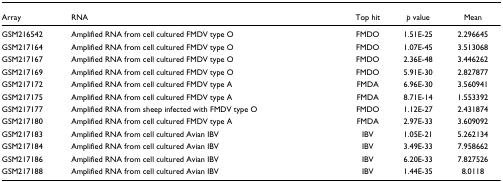
<table><thead><tr><td><b>Array</b></td><td><b>RNA</b></td><td><b>Top hit</b></td><td><b><i>p </i>value</b></td><td><b>Mean</b></td></tr></thead><tbody><tr><td>GSM216542</td><td>Amplified RNA from cell cultured FMDV type O</td><td>FMDO</td><td>1.51E-25</td><td>2.296645</td></tr><tr><td>GSM217164</td><td>Amplified RNA from cell cultured FMDV type O</td><td>FMDO</td><td>1.07E-45</td><td>3.513068</td></tr><tr><td>GSM217167</td><td>Amplified RNA from cell cultured FMDV type O</td><td>FMDO</td><td>2.36E-48</td><td>3.446262</td></tr><tr><td>GSM217169</td><td>Amplified RNA from cell cultured FMDV type O</td><td>FMDO</td><td>5.91E-30</td><td>2.827877</td></tr><tr><td>GSM217172</td><td>Amplified RNA from cell cultured FMDV type A</td><td>FMDA</td><td>6.96E-30</td><td>3.560941</td></tr><tr><td>GSM217175</td><td>Amplified RNA from cell cultured FMDV type A</td><td>FMDA</td><td>8.71E-14</td><td>1.553392</td></tr><tr><td>GSM217177</td><td>Amplified RNA from sheep infected with FMDV type O</td><td>FMDO</td><td>1.12E-27</td><td>2.431874</td></tr><tr><td>GSM217180</td><td>Amplified RNA from cell cultured FMDV type A</td><td>FMDA</td><td>2.97E-33</td><td>3.609092</td></tr><tr><td>GSM217183</td><td>Amplified RNA from cell cultured Avian IBV</td><td>IBV</td><td>1.05E-21</td><td>5.262134</td></tr><tr><td>GSM217184</td><td>Amplified RNA from cell cultured Avian IBV</td><td>IBV</td><td>3.49E-33</td><td>7.958662</td></tr><tr><td>GSM217186</td><td>Amplified RNA from cell cultured Avian IBV</td><td>IBV</td><td>6.20E-33</td><td>7.827526</td></tr><tr><td>GSM217188</td><td>Amplified RNA from cell cultured Avian IBV</td><td>IBV</td><td>1.44E-35</td><td>8.0118</td></tr></tbody></table>